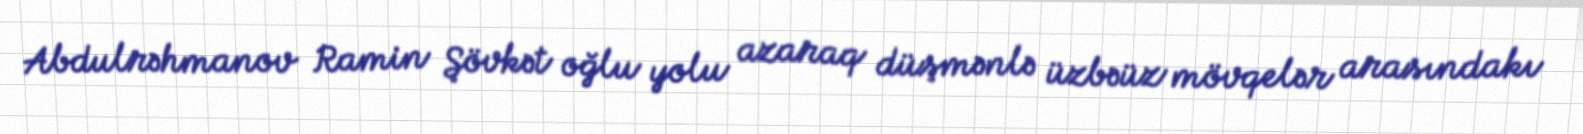
Abdulrəhmanov Ramin Şövkət oğlu yolu azaraq düşmənlə üzbəüz mövqelər arasındakı